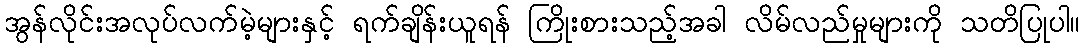
အွန်လိုင်းအလုပ်လက်မဲ့များနှင့် ရက်ချိန်းယူရန် ကြိုးစားသည့်အခါ လိမ်လည်မှုများကို သတိပြုပါ။